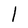
Character: l